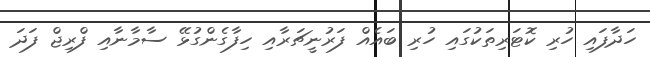
ހަދާފައި ހުރި ކޮޓަރިތަކުގައި ހުރި ބައެއް ފަރުނީޗަރާއި ހިފާގެންގުޅޭ ސާމާނާއި ފްރިޖް ފަދަ